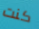
كنت